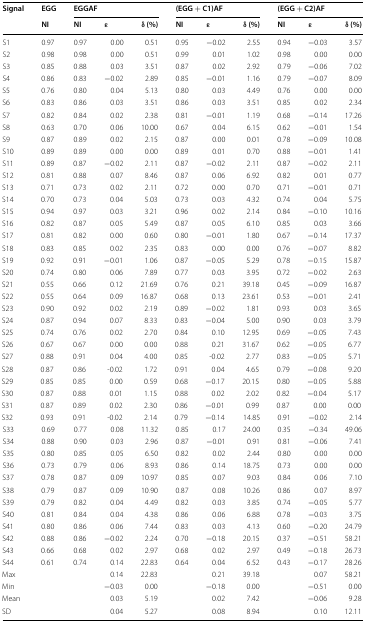
<table><thead><tr><td rowspan="2"><b>Signal</b></td><td><b>EGG</b></td><td colspan="3"><b>EGGAF</b></td><td colspan="3"><b>(EGG + C1)AF</b></td><td colspan="3"><b>(EGG + C2)AF</b></td></tr><tr><td><b>NI</b></td><td><b>NI</b></td><td><b>ε</b></td><td><b>δ (%)</b></td><td><b>NI</b></td><td><b>ε</b></td><td><b>δ (%)</b></td><td><b>NI</b></td><td><b>ε</b></td><td><b>δ (%)</b></td></tr></thead><tbody><tr><td>S1</td><td>0.97</td><td>0.97</td><td>0.00</td><td>0.51</td><td>0.95</td><td>−0.02</td><td>2.55</td><td>0.94</td><td>−0.03</td><td>3.57</td></tr><tr><td>S2</td><td>0.98</td><td>0.98</td><td>0.00</td><td>0.51</td><td>0.99</td><td>0.01</td><td>1.02</td><td>0.98</td><td>0.00</td><td>0.00</td></tr><tr><td>S3</td><td>0.85</td><td>0.88</td><td>0.03</td><td>3.51</td><td>0.87</td><td>0.02</td><td>2.92</td><td>0.79</td><td>−0.06</td><td>7.02</td></tr><tr><td>S4</td><td>0.86</td><td>0.83</td><td>−0.02</td><td>2.89</td><td>0.85</td><td>−0.01</td><td>1.16</td><td>0.79</td><td>−0.07</td><td>8.09</td></tr><tr><td>S5</td><td>0.76</td><td>0.80</td><td>0.04</td><td>5.13</td><td>0.80</td><td>0.03</td><td>4.49</td><td>0.76</td><td>0.00</td><td>0.00</td></tr><tr><td>S6</td><td>0.83</td><td>0.86</td><td>0.03</td><td>3.51</td><td>0.86</td><td>0.03</td><td>3.51</td><td>0.85</td><td>0.02</td><td>2.34</td></tr><tr><td>S7</td><td>0.82</td><td>0.84</td><td>0.02</td><td>2.38</td><td>0.81</td><td>−0.01</td><td>1.19</td><td>0.68</td><td>−0.14</td><td>17.26</td></tr><tr><td>S8</td><td>0.63</td><td>0.70</td><td>0.06</td><td>10.00</td><td>0.67</td><td>0.04</td><td>6.15</td><td>0.62</td><td>−0.01</td><td>1.54</td></tr><tr><td>S9</td><td>0.87</td><td>0.89</td><td>0.02</td><td>2.15</td><td>0.87</td><td>0.00</td><td>0.01</td><td>0.78</td><td>−0.09</td><td>10.08</td></tr><tr><td>S10</td><td>0.89</td><td>0.89</td><td>0.00</td><td>0.00</td><td>0.89</td><td>0.01</td><td>0.70</td><td>0.88</td><td>−0.01</td><td>1.41</td></tr><tr><td>S11</td><td>0.89</td><td>0.87</td><td>−0.02</td><td>2.11</td><td>0.87</td><td>−0.02</td><td>2.11</td><td>0.87</td><td>−0.02</td><td>2.11</td></tr><tr><td>S12</td><td>0.81</td><td>0.88</td><td>0.07</td><td>8.46</td><td>0.87</td><td>0.06</td><td>6.92</td><td>0.82</td><td>0.01</td><td>0.77</td></tr><tr><td>S13</td><td>0.71</td><td>0.73</td><td>0.02</td><td>2.11</td><td>0.72</td><td>0.00</td><td>0.70</td><td>0.71</td><td>−0.01</td><td>0.71</td></tr><tr><td>S14</td><td>0.70</td><td>0.73</td><td>0.04</td><td>5.03</td><td>0.73</td><td>0.03</td><td>4.32</td><td>0.74</td><td>0.04</td><td>5.75</td></tr><tr><td>S15</td><td>0.94</td><td>0.97</td><td>0.03</td><td>3.21</td><td>0.96</td><td>0.02</td><td>2.14</td><td>0.84</td><td>−0.10</td><td>10.16</td></tr><tr><td>S16</td><td>0.82</td><td>0.87</td><td>0.05</td><td>5.49</td><td>0.87</td><td>0.05</td><td>6.10</td><td>0.85</td><td>0.03</td><td>3.66</td></tr><tr><td>S17</td><td>0.81</td><td>0.82</td><td>0.00</td><td>0.60</td><td>0.80</td><td>−0.01</td><td>1.80</td><td>0.67</td><td>−0.14</td><td>17.37</td></tr><tr><td>S18</td><td>0.83</td><td>0.85</td><td>0.02</td><td>2.35</td><td>0.83</td><td>0.00</td><td>0.00</td><td>0.76</td><td>−0.07</td><td>8.82</td></tr><tr><td>S19</td><td>0.92</td><td>0.91</td><td>−0.01</td><td>1.06</td><td>0.87</td><td>−0.05</td><td>5.29</td><td>0.78</td><td>−0.15</td><td>15.87</td></tr><tr><td>S20</td><td>0.74</td><td>0.80</td><td>0.06</td><td>7.89</td><td>0.77</td><td>0.03</td><td>3.95</td><td>0.72</td><td>−0.02</td><td>2.63</td></tr><tr><td>S21</td><td>0.55</td><td>0.66</td><td>0.12</td><td>21.69</td><td>0.76</td><td>0.21</td><td>39.18</td><td>0.45</td><td>−0.09</td><td>16.87</td></tr><tr><td>S22</td><td>0.55</td><td>0.64</td><td>0.09</td><td>16.87</td><td>0.68</td><td>0.13</td><td>23.61</td><td>0.53</td><td>−0.01</td><td>2.41</td></tr><tr><td>S23</td><td>0.90</td><td>0.92</td><td>0.02</td><td>2.19</td><td>0.89</td><td>−0.02</td><td>1.81</td><td>0.93</td><td>0.03</td><td>3.65</td></tr><tr><td>S24</td><td>0.87</td><td>0.94</td><td>0.07</td><td>8.33</td><td>0.83</td><td>−0.04</td><td>5.00</td><td>0.90</td><td>0.03</td><td>3.79</td></tr><tr><td>S25</td><td>0.74</td><td>0.76</td><td>0.02</td><td>2.70</td><td>0.84</td><td>0.10</td><td>12.95</td><td>0.69</td><td>−0.05</td><td>7.43</td></tr><tr><td>S26</td><td>0.67</td><td>0.67</td><td>0.00</td><td>0.00</td><td>0.88</td><td>0.21</td><td>31.67</td><td>0.62</td><td>−0.05</td><td>6.77</td></tr><tr><td>S27</td><td>0.88</td><td>0.91</td><td>0.04</td><td>4.00</td><td>0.85</td><td>-0.02</td><td>2.77</td><td>0.83</td><td>−0.05</td><td>5.71</td></tr><tr><td>S28</td><td>0.87</td><td>0.86</td><td>-0.02</td><td>1.72</td><td>0.91</td><td>0.04</td><td>4.65</td><td>0.79</td><td>−0.08</td><td>9.20</td></tr><tr><td>S29</td><td>0.85</td><td>0.85</td><td>0.00</td><td>0.59</td><td>0.68</td><td>−0.17</td><td>20.15</td><td>0.80</td><td>−0.05</td><td>5.88</td></tr><tr><td>S30</td><td>0.87</td><td>0.88</td><td>0.01</td><td>1.15</td><td>0.88</td><td>0.02</td><td>2.02</td><td>0.82</td><td>−0.04</td><td>5.17</td></tr><tr><td>S31</td><td>0.87</td><td>0.89</td><td>0.02</td><td>2.30</td><td>0.86</td><td>−0.01</td><td>0.99</td><td>0.87</td><td>0.00</td><td>0.00</td></tr><tr><td>S32</td><td>0.93</td><td>0.91</td><td>-0.02</td><td>2.14</td><td>0.79</td><td>−0.14</td><td>14.85</td><td>0.91</td><td>−0.02</td><td>2.14</td></tr><tr><td>S33</td><td>0.69</td><td>0.77</td><td>0.08</td><td>11.32</td><td>0.85</td><td>0.17</td><td>24.00</td><td>0.35</td><td>−0.34</td><td>49.06</td></tr><tr><td>S34</td><td>0.88</td><td>0.90</td><td>0.03</td><td>2.96</td><td>0.87</td><td>−0.01</td><td>0.91</td><td>0.81</td><td>−0.06</td><td>7.41</td></tr><tr><td>S35</td><td>0.80</td><td>0.85</td><td>0.05</td><td>6.50</td><td>0.82</td><td>0.02</td><td>2.44</td><td>0.80</td><td>0.00</td><td>0.00</td></tr><tr><td>S36</td><td>0.73</td><td>0.79</td><td>0.06</td><td>8.93</td><td>0.86</td><td>0.14</td><td>18.75</td><td>0.73</td><td>0.00</td><td>0.00</td></tr><tr><td>S37</td><td>0.78</td><td>0.87</td><td>0.09</td><td>10.97</td><td>0.85</td><td>0.07</td><td>9.03</td><td>0.84</td><td>0.06</td><td>7.10</td></tr><tr><td>S38</td><td>0.79</td><td>0.87</td><td>0.09</td><td>10.90</td><td>0.87</td><td>0.08</td><td>10.26</td><td>0.86</td><td>0.07</td><td>8.97</td></tr><tr><td>S39</td><td>0.79</td><td>0.82</td><td>0.04</td><td>4.49</td><td>0.82</td><td>0.03</td><td>3.85</td><td>0.74</td><td>−0.05</td><td>5.77</td></tr><tr><td>S40</td><td>0.81</td><td>0.84</td><td>0.04</td><td>4.38</td><td>0.86</td><td>0.06</td><td>6.88</td><td>0.78</td><td>−0.03</td><td>3.75</td></tr><tr><td>S41</td><td>0.80</td><td>0.86</td><td>0.06</td><td>7.44</td><td>0.83</td><td>0.03</td><td>4.13</td><td>0.60</td><td>−0.20</td><td>24.79</td></tr><tr><td>S42</td><td>0.88</td><td>0.86</td><td>−0.02</td><td>2.24</td><td>0.70</td><td>−0.18</td><td>20.15</td><td>0.37</td><td>−0.51</td><td>58.21</td></tr><tr><td>S43</td><td>0.66</td><td>0.68</td><td>0.02</td><td>2.97</td><td>0.68</td><td>0.02</td><td>2.97</td><td>0.49</td><td>−0.18</td><td>26.73</td></tr><tr><td>S44</td><td>0.61</td><td>0.74</td><td>0.14</td><td>22.83</td><td>0.64</td><td>0.04</td><td>6.52</td><td>0.43</td><td>−0.17</td><td>28.26</td></tr><tr><td>Max</td><td></td><td></td><td>0.14</td><td>22.83</td><td></td><td>0.21</td><td>39.18</td><td></td><td>0.07</td><td>58.21</td></tr><tr><td>Min</td><td></td><td></td><td>−0.03</td><td>0.00</td><td></td><td>−0.18</td><td>0.00</td><td></td><td>−0.51</td><td>0.00</td></tr><tr><td>Mean</td><td></td><td></td><td>0.03</td><td>5.19</td><td></td><td>0.02</td><td>7.42</td><td></td><td>−0.06</td><td>9.28</td></tr><tr><td>SD</td><td></td><td></td><td>0.04</td><td>5.27</td><td></td><td>0.08</td><td>8.94</td><td></td><td>0.10</td><td>12.11</td></tr></tbody></table>